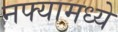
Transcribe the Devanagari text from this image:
नफ्यामध्ये